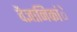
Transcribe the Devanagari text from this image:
वैज्ञानिकांे